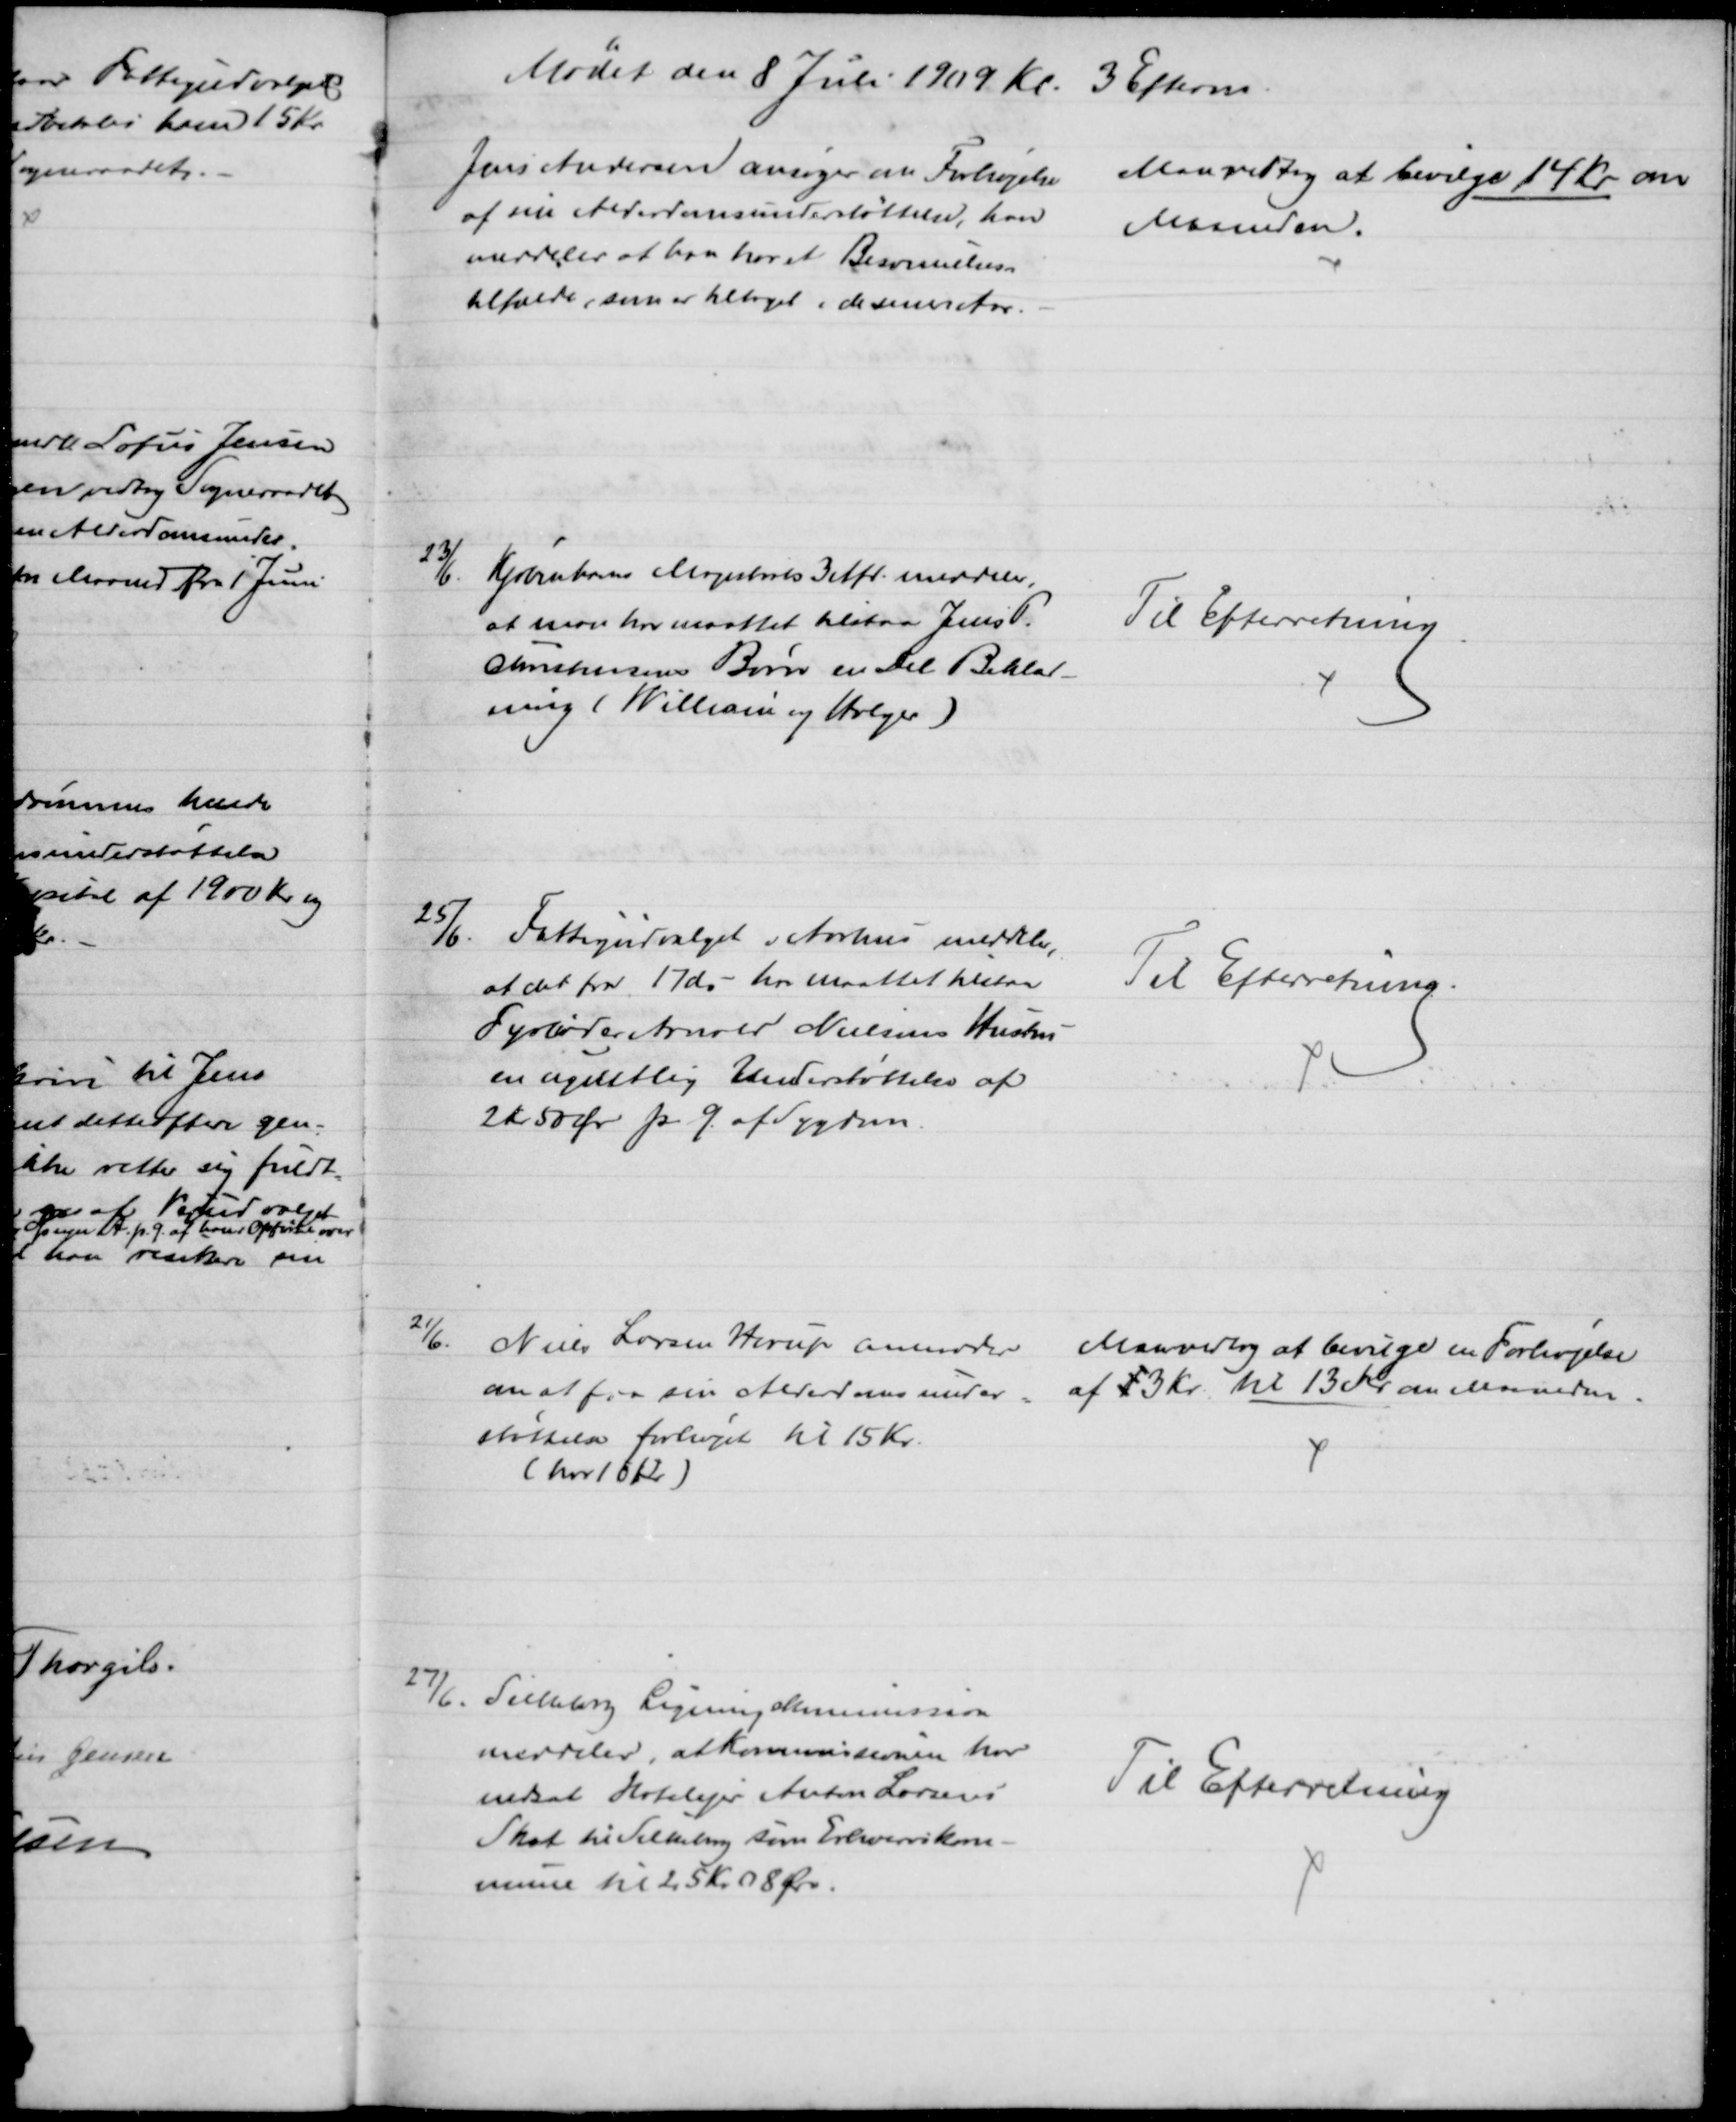
Transskription:
Mødet den 8 Juli 1909 Kl. 3 Efterm.
Jens Andersen ansøger om Forhøjelse
af sin Alderdomsunderstøttelse, han
meddeler at han har et Besvimelses-
tilfælde, som er tiltaget i de seneste Aar.
Man vedtog at bevilge 14 Kr om
Maaneden.
23/6.
Kjøbenhavns Magistrats 3 Afd. meddeler,
at man har maattet tilstaa Jens P.
Christensens Børn en Del Beklæd-
ning (William og Holger)
Til Efterretning
25/6.
Fattigudvalget i Aarhus meddeler,
at det fra 17 ds - har maattet tilstaa
Fyrbøder Arnold Nielsens Hustru
en ugentlig Understøttelse af
2 K 50 Øre p. G. af Sygdom
Til Efterretning.
21/6.
Niels Larsen Horup anmoder 
om at faa sin Alderdomsunder-
støttelse forhøjet til 15 Kr.
(har 10 Kr)
Man vedtog at bevilge en Forhøjelse
af 13 Kr. til 13 Kr om Maaneden.
27/6. Silkeborg Ligningskommission
meddeler, at Kommissionen har
nedsat Hotelejer Anton Larsens
Skat til Silkeborg som Erhvervskom-
mune til 25 Kr. 08 Øre.
Til Efterretning